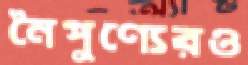
নৈপুণ্যেরও